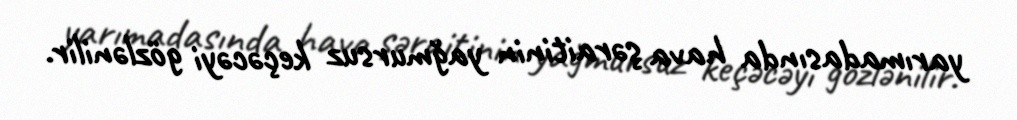
yarımadasında hava şəraitinin yağmursuz keçəcəyi gözlənilir.